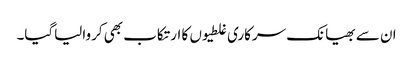
ان سے بھیانک سرکاری غلطیوں کا ارتکاب بھی کروالیاگیا۔